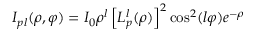
I _ { p l } ( \rho , \varphi ) = I _ { 0 } \rho ^ { l } \left[ L _ { p } ^ { l } ( \rho ) \right] ^ { 2 } \cos ^ { 2 } ( l \varphi ) e ^ { - \rho }